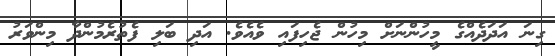
ގިނަ އަދަދެއްގެ މީހުންނަށް މިހުން ޖެހިފައި ވެއެވެ. އަދި ބަލި ފެތުރެމުންދާ މިންވަރު